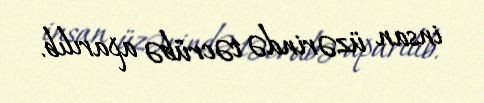
insan üzərində təcrübə aparılıb.